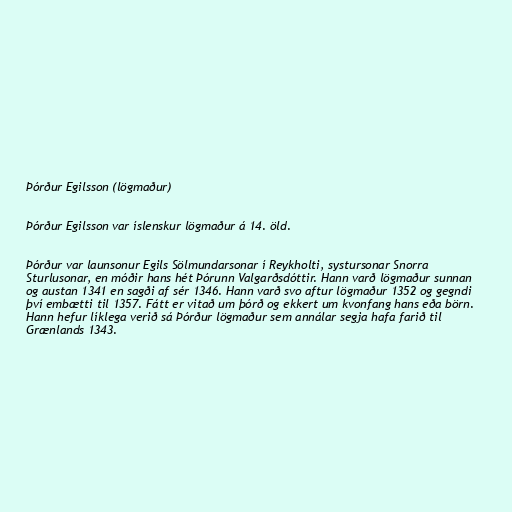
Þórður Egilsson (lögmaður)

Þórður Egilsson var íslenskur lögmaður á 14. öld.

Þórður var launsonur Egils Sölmundarsonar í Reykholti, systursonar Snorra
Sturlusonar, en móðir hans hét Þórunn Valgarðsdóttir. Hann varð lögmaður sunnan
og austan 1341 en sagði af sér 1346. Hann varð svo aftur lögmaður 1352 og gegndi
því embætti til 1357. Fátt er vitað um þórð og ekkert um kvonfang hans eða börn.
Hann hefur líklega verið sá Þórður lögmaður sem annálar segja hafa farið til
Grænlands 1343.